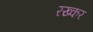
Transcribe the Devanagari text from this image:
रख्कर